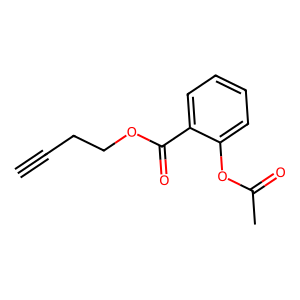
SMILES: C#CCCOC(=O)c1ccccc1OC(C)=O
Inhibits HIV replication: No